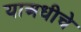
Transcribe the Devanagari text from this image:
याअधीचे